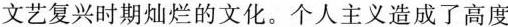
文艺复兴时期灿烂的文化。个人主义造成了高度